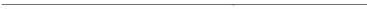
___